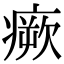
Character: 瘚